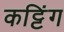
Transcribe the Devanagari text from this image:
कट्टिंग